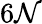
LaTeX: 6\mathcal{N}